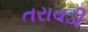
તરાવડી